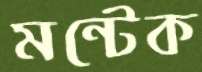
মন্টেক